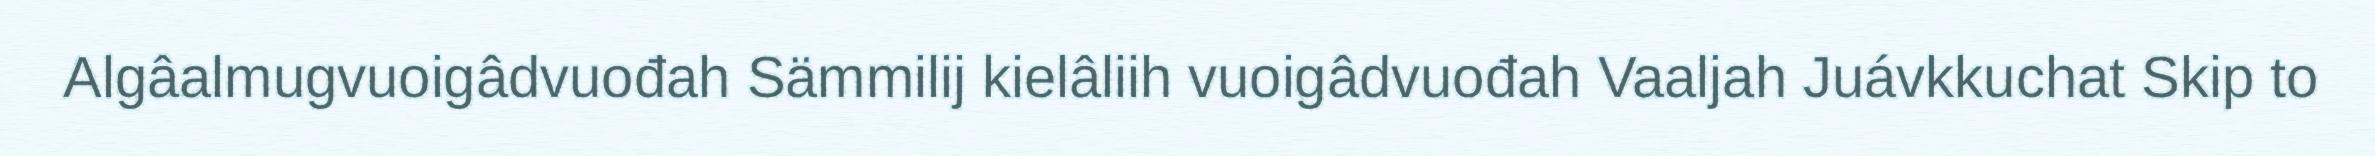
Algâalmugvuoigâdvuođah Sämmilij kielâliih vuoigâdvuođah Vaaljah Juávkkuchat Skip to